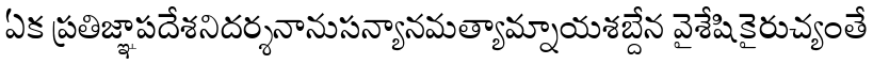
ఏక ప్రతిజ్ఞాపదేశనిదర్శనానుసన్యానమత్యామ్నాయశబ్దేన వైశేషికైరుచ్యంతే